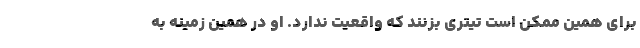
برای همین ممکن است تیتری بزنند که واقعیت ندارد. او در همین زمینه به